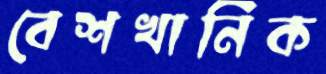
বেশখানিক